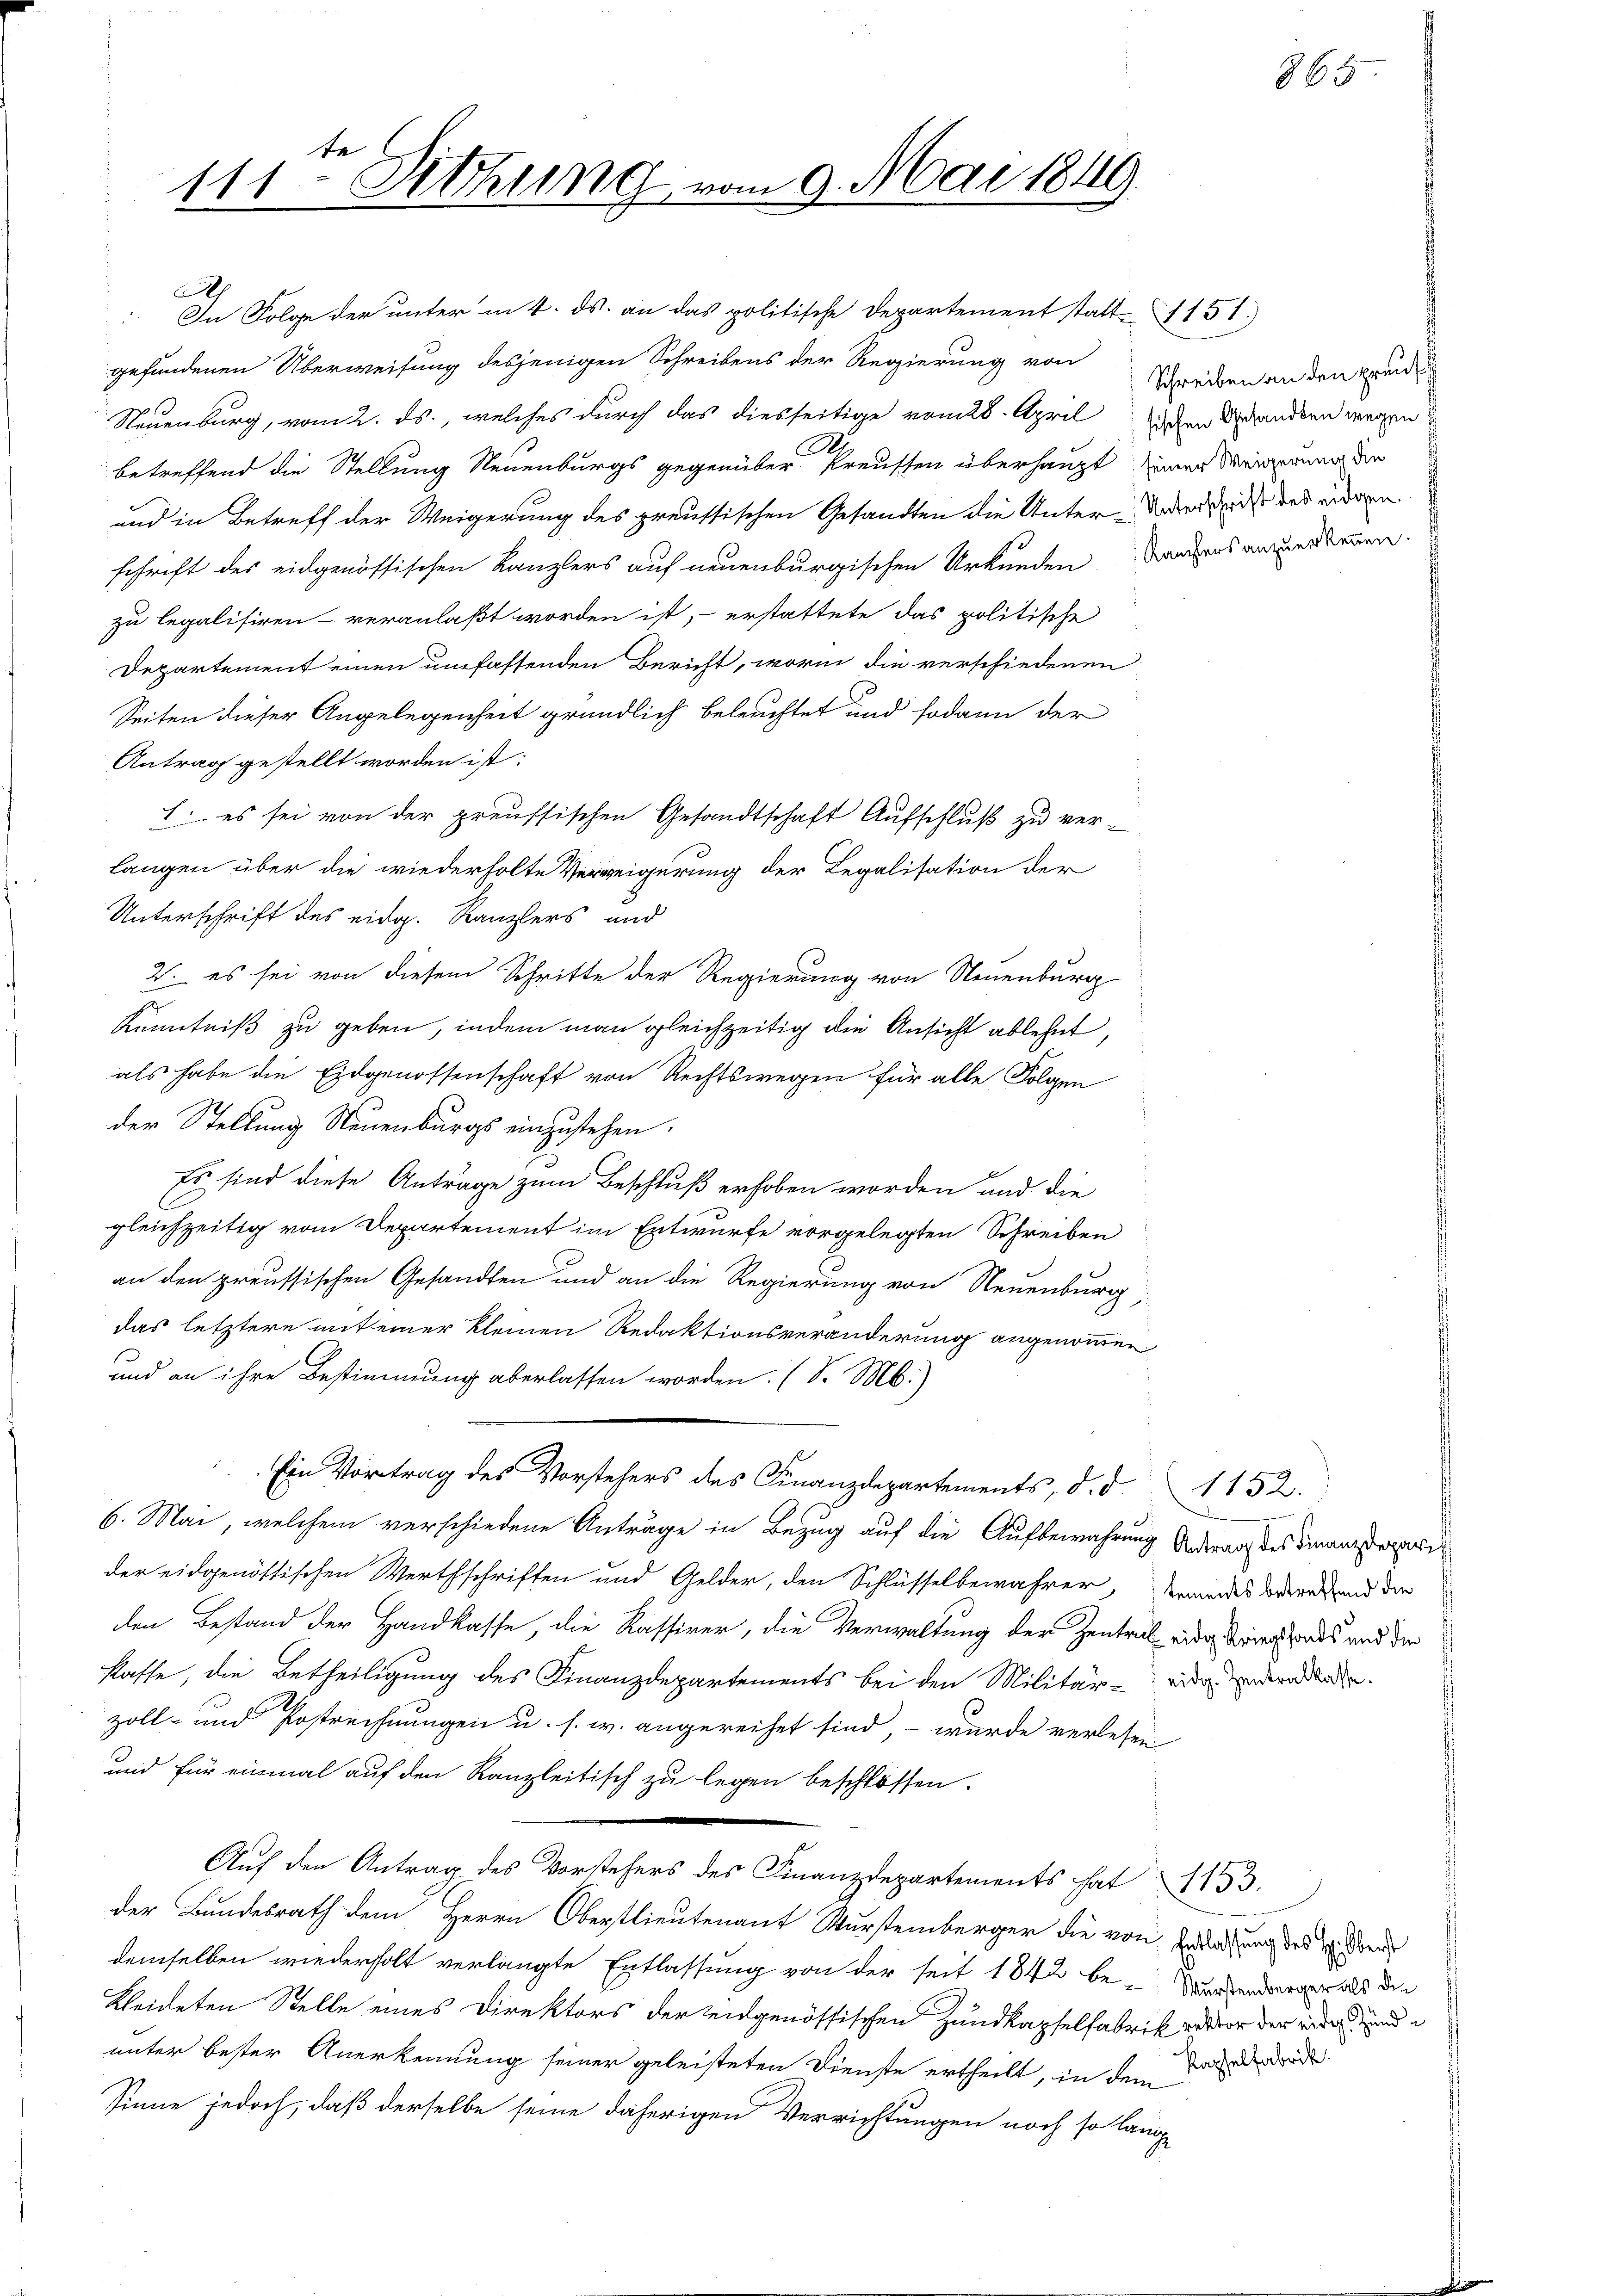
111 Sitzung vom 9. Mai 1849.

Ap
In Folge der unter in 4. ds. an das politische Departement statt 151.
gefundenen Überweisung desjenigen Schreibens der Regierung von
Neuenburg, vom 2. ds., welches durch das diesseitige vom 28. April den Behanden wegen
.
betreffend die Stellung Neuenburgs gegenüber kreussen überhaupt einer Meinung der
und in Betreff der Weigerung des preussischen Gesandten die Unter-Unter den und waren
schrift des eidgenössischen Kanzlers auf neuenburgischen Urkunden Bauers anerbauen.
zu legalisiren veranlaßt worden ist, erstattete das politische
Departement einen umfassenden Bericht, worin die verschiedenen
Seiten dieser Angelegenheit gründlich beleuchtet und sodann der
Antrag gestellt worden ist:
1. es sei von der preussischen Gesandtschaft Aufschluß zu ver-
langen über die wiederholte Verweigerung der Legalisation der
Unterschrift des eidg. Kanzlers und
2. es sei von diesem Schritte der Regierung von Neuenburg
J
Kenntniß zu geben, indem man gleichzeitig die Ansicht ablehnt,
als habe die Eidgenossenschaft von Rechtswegen für alle Folgen
der Stellung Neuenburgs einzustehen.
Es sind diese Anträge zum Beschluß erhoben worden und die
gleichzeitig vom Departement im Entwurfe vorgelegten Schreiben
an den preussischen Gesandten und an die Regierung von Neuenburg,
das letztere mit einer kleinen Redaktionsveränderung angenommen,
und an ihre Bestimmung aberlassen worden. (S. M.)
Ein Vortrag des Vorstehers des Finanzdepartements, d. d.
6. Mai, welchem verschiedene Anträge in Bezug auf die Aufbewahrung Antrag des Finanzdi
der eidgenössischen Werthschriften und Gelder, den Schlüsselbewahrer, demandes deten und die
den Bestand der Handkasse, die Kassirer, die Verwaltung der Zentral eidg bringhaus und der
kasse, die Betheiligung des Finanzdepartements bei den Militär- und densee.
zoll- und Postrechnungen u. s. w. angereihet sind, – wurde verlesen
und für einmal auf den Kanzleitisch zu legen beschlossen.
Auf den Antrag des Vorstehers des Finanzdepartements hat 1133.
der Bundesrath dem Herrn Oberstlieutenant Wurstemberger die von Bedachtung des v. Freu
demselben wiederholt verlangte Entlassung von der seit 1842 be-Garden der als die
kleideten Stelle eines Direktors der eidgenössischen Zundkapselfabrik vor der wir und
unter bester Anerkennung seiner geleisteten Dienste ertheilt, in den dadu
Sinne jedoch, daß derselbe seine daherigen Verrichtungen noch so lange

365

Schreiben an den preus

1152.